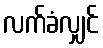
လက်ခံလျှင်